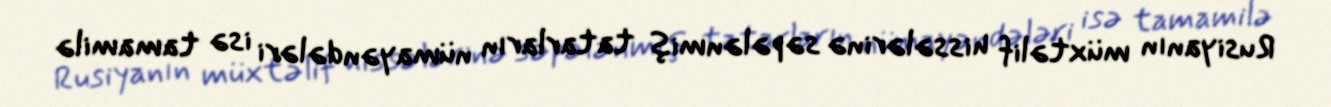
Rusiyanın müxtəlif hissələrinə səpələnmiş tatarların nümayəndələri isə tamamilə